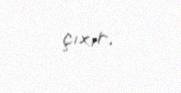
çıxır.